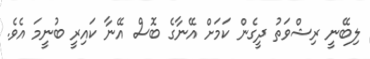
ލިބޭނީ ރިޝްވަތު ދީގެން ކަމަށް އޭނާގެ ބޮސް އޭނާ ކައިރީ ބުނީމަ އެވެ.